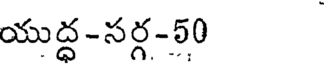
యుద్ద-సర్గ-50